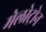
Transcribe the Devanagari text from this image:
मेलोट्रोन